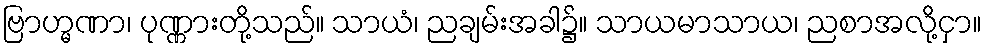
ဗြာဟ္မဏာ၊ ပုဏ္ဏားတို့သည်။ သာယံ၊ ညချမ်းအခါ၌။ သာယမာသာယ၊ ညစာအလို့ငှာ။